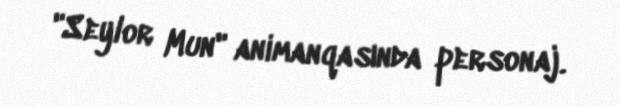
"Seylor Mun" animanqasında personaj.